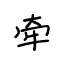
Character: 牵